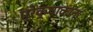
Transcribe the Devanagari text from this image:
प्रेक्षाकाना